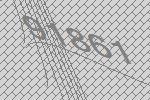
91861